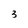
Character: 3